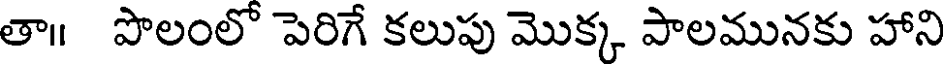
తా॥ పొలంలో పెరిగే కలుపు మొక్క పాలమునకు హాని